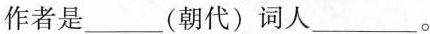
作者是___(朝代)词人___。